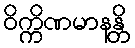
ဝိက္ကိဏမာနန္တိ